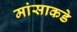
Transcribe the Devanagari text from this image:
मांसाकडे